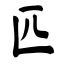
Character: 匹